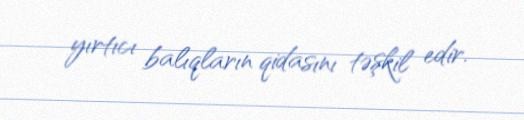
yırtıcı balıqların qidasını təşkil edir.